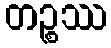
တဉ္စဿ